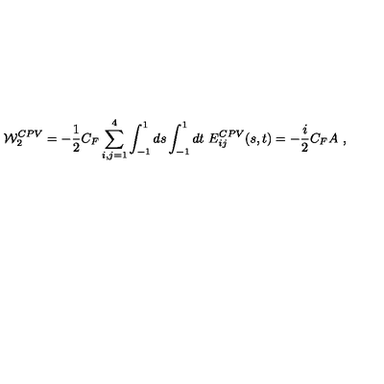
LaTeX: { \cal W } _ { 2 } ^ { C P V } = - { \frac { 1 } { 2 } } C _ { F } \sum _ { i , j = 1 } ^ { 4 } \int _ { - 1 } ^ { 1 } d s \int _ { - 1 } ^ { 1 } d t \ E _ { i j } ^ { C P V } ( s , t ) = - { \frac { i } { 2 } } C _ { F } A \ ,